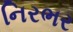
નિરભર